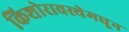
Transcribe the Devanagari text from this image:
किशोरावस्थेमधून